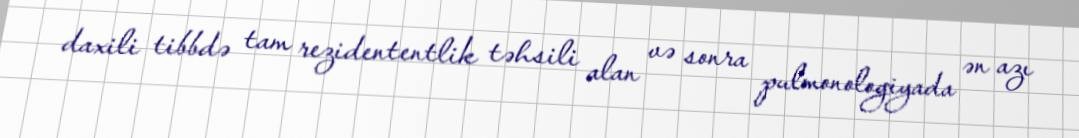
daxili tibbdə tam rezidententlik təhsili alan və sonra pulmonologiyada ən azı